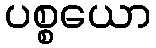
ပစ္စယော